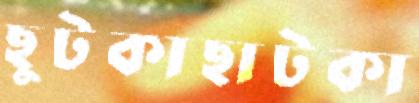
ছুটকাছাটকা